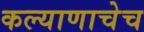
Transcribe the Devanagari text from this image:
कल्याणाचेच